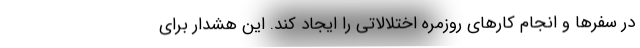
در سفرها و انجام کارهای روزمره اختلالاتی را ایجاد کند. این هشدار برای